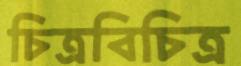
চিত্রবিচিত্র